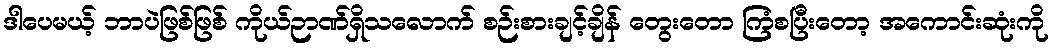
ဒါပေမယ့် ဘာပဲဖြစ်ဖြစ် ကိုယ်ဉာဏ်ရှိသလောက် စဉ်းစားချင့်ချိန် တွေးတော ကြံစပြီးတော့ အကောင်းဆုံးကို